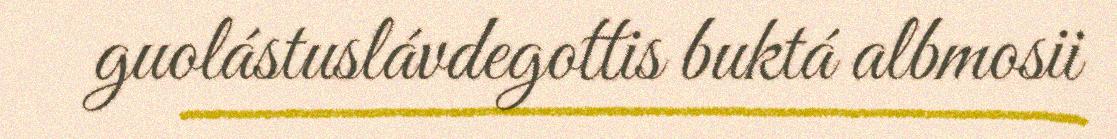
guolástuslávdegottis buktá albmosii